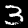
Digit: 3